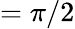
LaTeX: =\pi/2